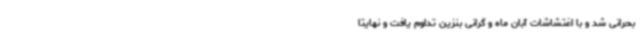
بحرانی شد و با اغتشاشات آبان ماه و گرانی بنزین تداوم یافت و نهایتا